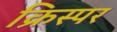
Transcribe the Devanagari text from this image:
क्रिस्पर